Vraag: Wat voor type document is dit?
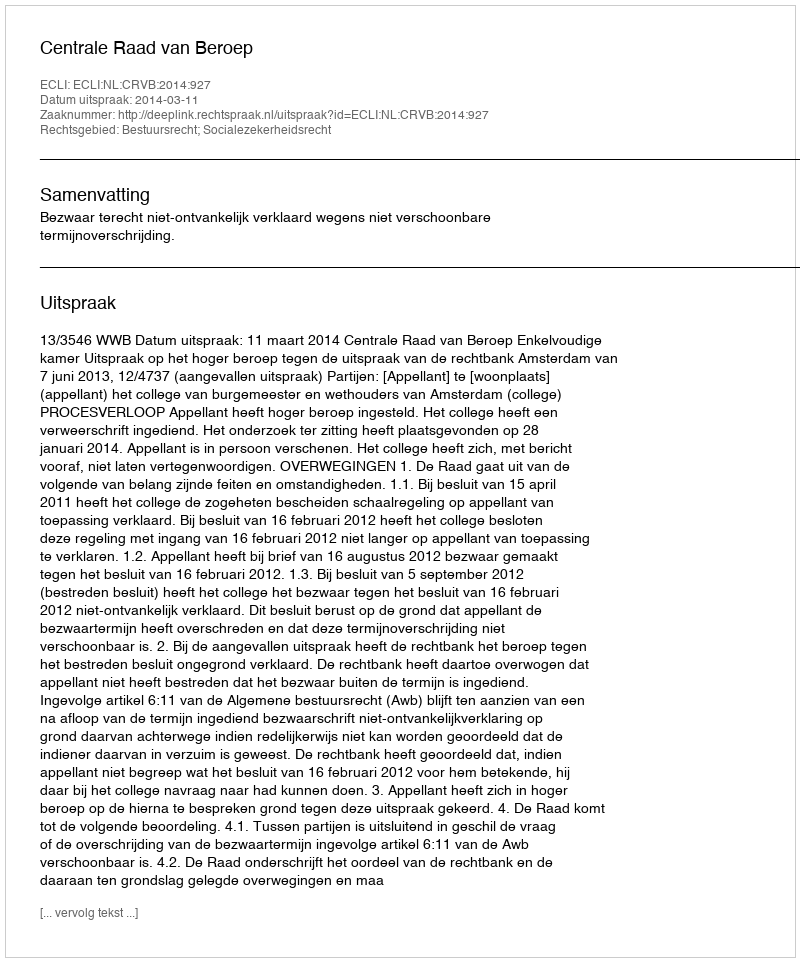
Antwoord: Uitspraak